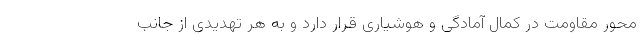
محور مقاومت در کمال آمادگی و هوشیاری قرار دارد و به هر تهدیدی از جانب